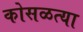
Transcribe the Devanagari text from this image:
कोसळत्या